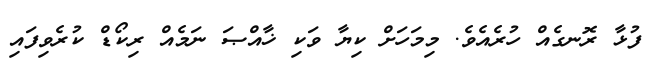
ފުޅާ ރޮނގެއް ހުރެއެވެ. މިމަހަށް ކިޔާ ވަކި ޚާއްޞަ ނަމެއް ރިކޯޑް ކުރެވިފައި